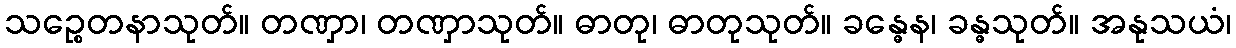
သဉ္စေတနာသုတ်။ တဏှာ၊ တဏှာသုတ်။ ဓာတု၊ ဓာတုသုတ်။ ခန္ဓေန၊ ခန္ဓသုတ်။ အနုသယံ၊